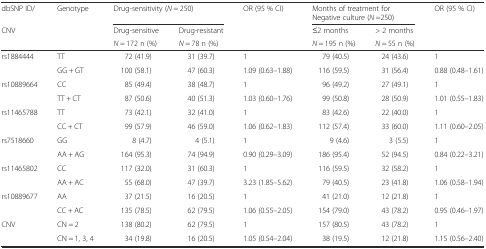
<table><thead><tr><td><b>dbSNP ID/</b></td><td><b>Genotype</b></td><td colspan="2"><b>Drug-sensitivity (<i>N</i> = 250)</b></td><td><b>OR (95 % CI)</b></td><td colspan="2"><b>Months of treatment for Negative culture (<i>N</i> =250)</b></td><td><b>OR (95 % CI)</b></td></tr><tr><td><b>CNV</b></td><td></td><td><b>Drug-sensitive</b></td><td><b>Drug-resistant</b></td><td></td><td><b>≤2 months</b></td><td><b>&gt; 2 months</b></td><td></td></tr><tr><td></td><td></td><td><b><i>N</i> = 172 n (%)</b></td><td><b><i>N</i> = 78 n (%)</b></td><td></td><td><b><i>N</i> = 195 n (%)</b></td><td><b><i>N</i> = 55 n (%)</b></td><td></td></tr></thead><tbody><tr><td>rs1884444</td><td>TT</td><td>72 (41.9)</td><td>31 (39.7)</td><td>1</td><td>79 (40.5)</td><td>24 (43.6)</td><td>1</td></tr><tr><td></td><td>GG + GT</td><td>100 (58.1)</td><td>47 (60.3)</td><td>1.09 (0.63–1.88)</td><td>116 (59.5)</td><td>31 (56.4)</td><td>0.88 (0.48–1.61)</td></tr><tr><td>rs10889664</td><td>CC</td><td>85 (49.4)</td><td>38 (48.7)</td><td>1</td><td>96 (49.2)</td><td>27 (49.1)</td><td>1</td></tr><tr><td></td><td>TT + CT</td><td>87 (50.6)</td><td>40 (51.3)</td><td>1.03 (0.60–1.76)</td><td>99 (50.8)</td><td>28 (50.9)</td><td>1.01 (0.55–1.83)</td></tr><tr><td>rs11465788</td><td>TT</td><td>73 (42.1)</td><td>32 (41.0)</td><td>1</td><td>83 (42.6)</td><td>22 (40.0)</td><td>1</td></tr><tr><td></td><td>CC + CT</td><td>99 (57.9)</td><td>46 (59.0)</td><td>1.06 (0.62–1.83)</td><td>112 (57.4)</td><td>33 (60.0)</td><td>1.11 (0.60–2.05)</td></tr><tr><td>rs7518660</td><td>GG</td><td>8 (4.7)</td><td>4 (5.1)</td><td>1</td><td>9 (4.6)</td><td>3 (5.5)</td><td>1</td></tr><tr><td></td><td>AA + AG</td><td>164 (95.3)</td><td>74 (94.9)</td><td>0.90 (0.29–3.09)</td><td>186 (95.4)</td><td>52 (94.5)</td><td>0.84 (0.22–3.21)</td></tr><tr><td>rs11465802</td><td>CC</td><td>117 (32.0)</td><td>31 (60.3)</td><td>1</td><td>116 (59.5)</td><td>32 (58.2)</td><td>1</td></tr><tr><td></td><td>AA + AC</td><td>55 (68.0)</td><td>47 (39.7)</td><td>3.23 (1.85–5.62)</td><td>79 (40.5)</td><td>23 (41.8)</td><td>1.06 (0.58–1.94)</td></tr><tr><td>rs10889677</td><td>AA</td><td>37 (21.5)</td><td>16 (20.5)</td><td>1</td><td>41 (21.0)</td><td>12 (21.8)</td><td>1</td></tr><tr><td></td><td>CC + AC</td><td>135 (78.5)</td><td>62 (79.5)</td><td>1.06 (0.55–2.05)</td><td>154 (79.0)</td><td>43 (78.2)</td><td>0.95 (0.46–1.97)</td></tr><tr><td>CNV</td><td>CN = 2</td><td>138 (80.2)</td><td>62 (79.5)</td><td>1</td><td>157 (80.5)</td><td>43 (78.2)</td><td>1</td></tr><tr><td></td><td>CN = 1, 3, 4</td><td>34 (19.8)</td><td>16 (20.5)</td><td>1.05 (0.54–2.04)</td><td>38 (19.5)</td><td>12 (21.8)</td><td>1.15 (0.56–2.40)</td></tr></tbody></table>